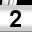
Digit: 2